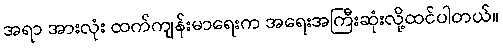
အရာ အားလုံး ထက်ကျန်းမာရေးက အရေးအကြီးဆုံးလို့ထင်ပါတယ်။